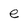
Character: e